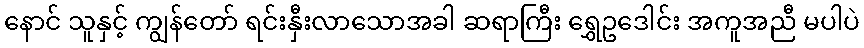
နောင် သူနှင့် ကျွန်တော် ရင်းနှီးလာသောအခါ ဆရာကြီး ရွှေဥဒေါင်း အကူအညီ မပါပဲ